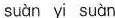
suàn yi suàn